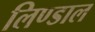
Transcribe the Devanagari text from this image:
लिण्डाल